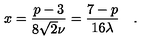
x = \frac { p - 3 } { 8 \sqrt { 2 } \nu } = \frac { 7 - p } { 1 6 \lambda } \quad .